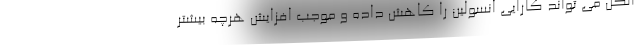
الکل می تواند کارایی انسولین را کاهش داده و موجب افزایش هرچه بیشتر